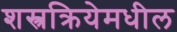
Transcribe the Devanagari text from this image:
शस्त्रक्रियेमधील